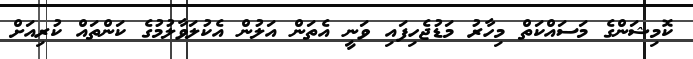
ކޮމިޝަންގެ މަސައްކަތް މިހާރު މަޑުޖެހިފައި ވަނީ އެތަން އަލުން އެކުލަވާލުމުގެ ކަންތައް ކުރިއަށް